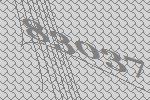
83037